system: You are a helpful assistant.
user:
Analyze the provided spectrum to determine if it is a **S-type Star**.

- **Key Indicators for S-type Star:**

    - **(Overall Spectrum Shape):** The first and most obvious characteristic is the overall continuum (the "baseline" shape). It is **extremely "red-sloping,"** meaning the flux (light intensity) is very low on the left side (blue, ~4000-4500 Å) and rises steeply and continuously toward the right side (red, ~7000 Å+).

    - **(Primary):** The spectrum is defined by the presence of strong, broad molecular absorption "valleys" (bands) from **Zirconium Oxide (ZrO)**. The identification of these bands is the **primary requirement** for classifying a star as S-type.
        - **(Key Bandheads):** You must find distinct, deep "dips" where the light has been absorbed. The most critical band systems to locate are:
            - **~6474 Å** ($\gamma$-system): This is often the strongest and clearest ZrO feature, found in the red part of the spectrum.
            - **~5718 Å** & **~5551 Å** ($\beta$-system): A pair of prominent absorption features in the yellow-orange part of the spectrum.
            - **~4640 Å** ($\alpha$-system): A key absorption band system in the blue-green region of the spectrum.

    - **(Secondary Confirmation):** The classification is strengthened by finding additional absorption bands from other related heavy element oxides, which are expected to be present alongside ZrO.
        - **(Key Bandheads):**
            - **Yttrium Oxide (YO):** Look for absorption dips near **~4800 Å** and **~6100 Å**.
            - **Lanthanum Oxide (LaO):** Additional absorption features, particularly in the red-orange part of the spectrum, are also characteristic.

    - **(Line Profile):** The combination of the steep red continuum and these numerous, deep molecular bands (ZrO, YO, etc.) gives the entire spectrum a very **"chopped-up"** or **"bumpy"** appearance. Instead of a smooth curve, the spectrum looks as though large, wide chunks of light have been "carved out" of it at the specific wavelengths listed above.

Think first, call **spectral_visualization_tool** if needed to examine features in detail, then provide your final answer. Your response must adhere to the following strict rules:
1.  **Overall Structure:** Your response must follow the format `<think>...</think> <tool_call>...</tool_call> (if a tool is used) <answer>...</answer>`.
2.  **Tool Usage Constraint:** You may only make **one** tool call per turn.
3.  **Final Answer Format:** In the `<answer>` tag, your conclusion must be inside a `\boxed{}` command (e.g., `\boxed{YES}` or `\boxed{NO}`), followed by your justification.

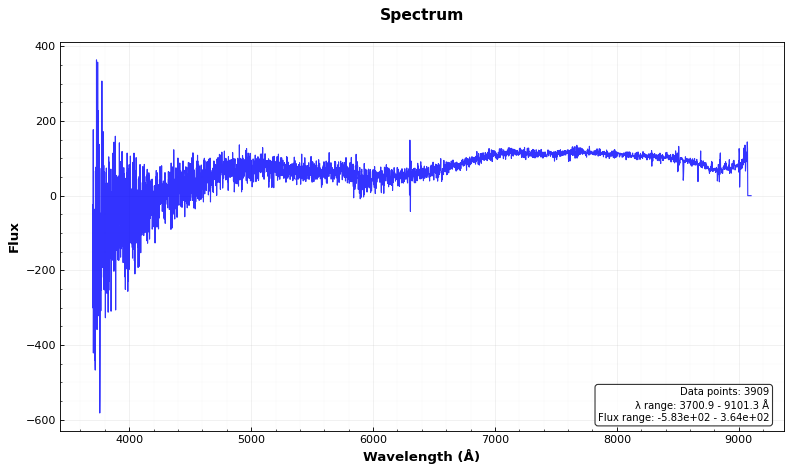
Answer: NO